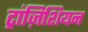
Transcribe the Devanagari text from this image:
ट्रांज़िशियन